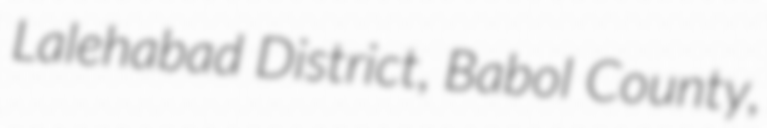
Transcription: Lalehabad District, Babol County,